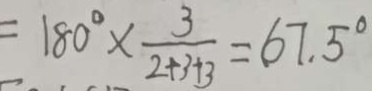
= 1 8 0 ^ { \circ } \times \frac { 3 } { 2 + 3 + 3 } = 6 7 . 5 ^ { \circ }